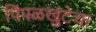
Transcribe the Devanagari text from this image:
पिंपळखुंटेचा